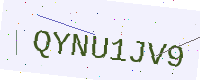
Text: QYNU1JV9